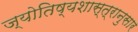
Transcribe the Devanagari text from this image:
ज्योतिष्यशास्त्रानुसार